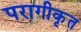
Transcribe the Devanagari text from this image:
परागीकृत